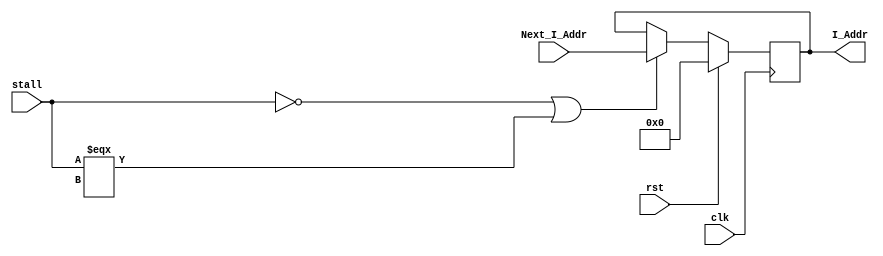
module PC206(
    input           clk,
    input           rst,
    input           stall,
    input[31:2]     Next_I_Addr,
    output[31:2]    I_Addr);

    reg[31:2] I_Addr;
    parameter Init_Addr =32'h0000_0000;
    always @(posedge clk) begin
        if (rst == 1) begin
            I_Addr <= Init_Addr[31:2];
        end
        else begin
            if(!stall || stall === 1'bX) I_Addr <= Next_I_Addr;
        end
    end
endmodule